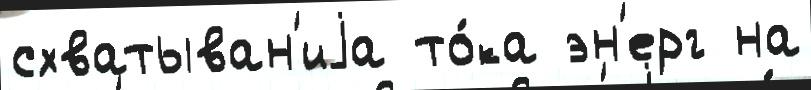
схватыван'иjа то́ка эн'ерг на